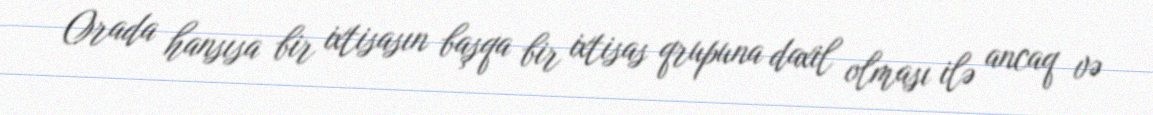
Orada hansısa bir ixtisasın başqa bir ixtisas qrupuna daxil olması ilə ancaq və